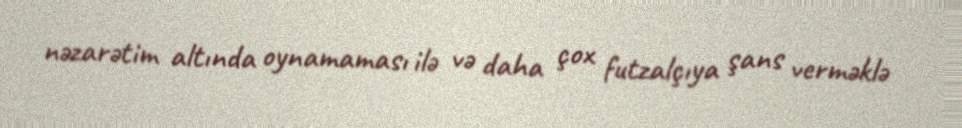
nəzarətim altında oynamaması ilə və daha çox futzalçıya şans verməklə